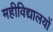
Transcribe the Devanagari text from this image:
महीविद्यालयों